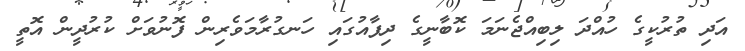
އަދި ތުރުކީގެ ހުއްދަ ލިބިއްޖެނަމަ ކޮބާނީގެ ދިފާއުގައި ހަނގުރާމަވެރިން ފޮނުވަށް ކުރުދީން އޮތީ